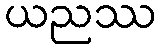
ယညဿ